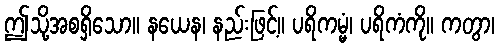
ဤသို့အစရှိသော။ နယေန၊ နည်းဖြင့်။ ပရိကမ္မံ၊ ပရိကံကို။ ကတွာ၊